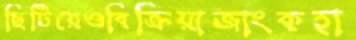
ছিটিয়েওবিক্রিয়াজাংকহা